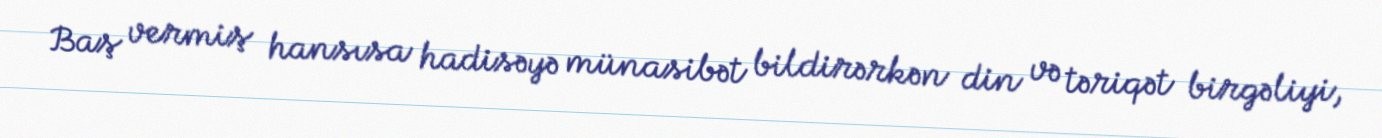
Baş vermiş hansısa hadisəyə münasibət bildirərkən din və təriqət birgəliyi,